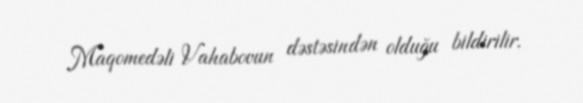
Maqomedəli Vahabovun dəstəsindən olduğu bildirilir.